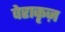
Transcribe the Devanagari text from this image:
वेराकृज़